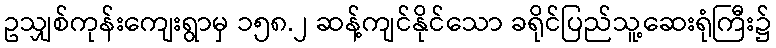
ဥသျှစ်ကုန်းကျေးရွာမှ ၁၅၈.၂ ဆန့်ကျင်နိုင်သော ခရိုင်ပြည်သူ့ဆေးရုံကြီး၌